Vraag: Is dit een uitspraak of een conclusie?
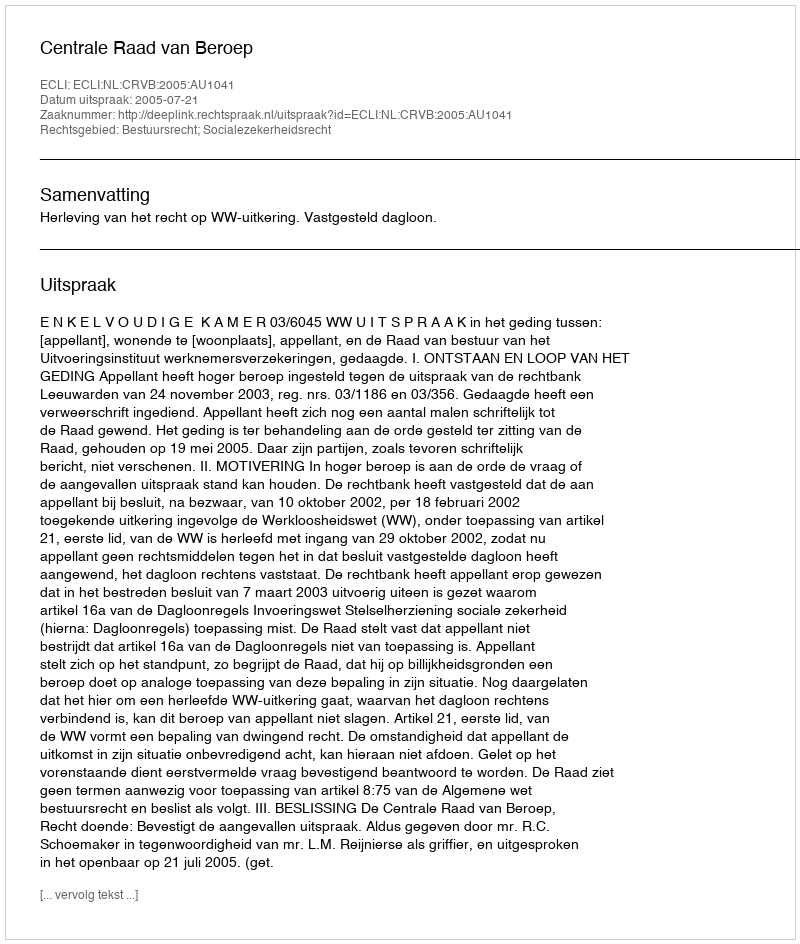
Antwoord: Uitspraak